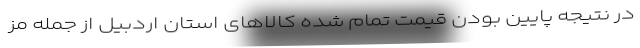
در نتیجه پایین بودن قیمت تمام شده کالاهای استان اردبیل از جمله مز